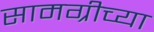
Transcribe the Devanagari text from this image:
सामग्रीच्या